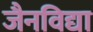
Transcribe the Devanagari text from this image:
जैनविद्या